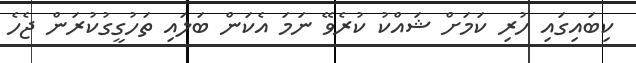
ކިބައިގައި ހުރި ކަމަށް ޝައްކު ކުރެވޭ ނަމަ އެކަން ބަލައި ތަހުގީގުކުރަން ޖެހެ